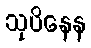
သုပိနေန